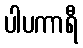
ပါပကာရီ